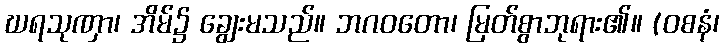
ဃရသုဏှာ၊ အိမ်၌ ချွေးမသည်။ ဘဂဝတော၊ မြတ်စွာဘုရား၏။ (ဝစနံ၊